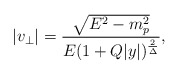
\begin{align*}|v_{\perp}|={\sqrt{E^2-m^2_p}\over{E(1+Q|y|)^{2\over\Delta}}},\end{align*}